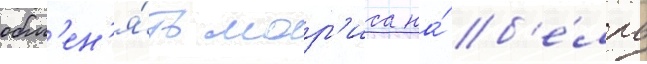
обм'ен'я́ть мор'иса на́ б'е́лль